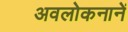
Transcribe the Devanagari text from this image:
अवलोकनानें